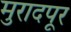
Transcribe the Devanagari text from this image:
मुरादपूर